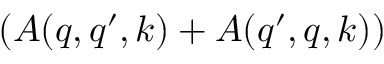
\left( A ( q , q ^ { \prime } , k ) + A ( q ^ { \prime } , q , k ) \right)